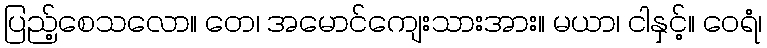
ပြည့်စေသလော။ တေ၊ အမောင်ကျေးသားအား။ မယာ၊ ငါနှင့်။ ဝေရံ၊